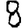
Digit: 8